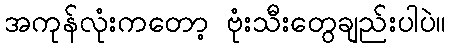
အကုန်လုံးကတော့ ဗုံးသီးတွေချည်းပါပဲ။